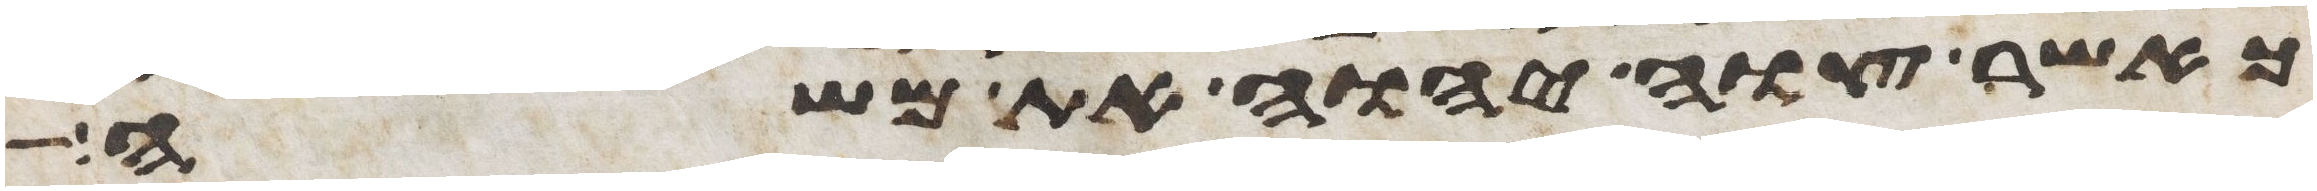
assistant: כאשר צוה יהוה את משה